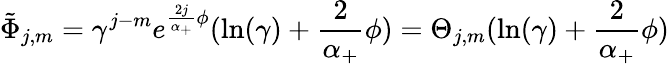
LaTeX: \tilde{\Phi}_{j,m}=\gamma^{j-m}e^{\frac{2j}{\alpha_{+}}\phi}(\ln(\gamma)+\frac 2{\alpha_{+}}\phi)=\Theta_{j,m}(\ln(\gamma)+\frac 2{\alpha_{+}}\phi)